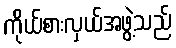
ကိုယ်စားလှယ်အဖွဲ့သည်